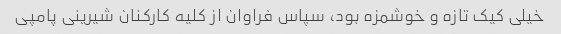
خیلی کیک تازه و خوشمزه بود، سپاس فراوان از کلیه کارکنان شیرینی پامپی